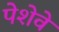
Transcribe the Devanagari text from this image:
पेशेवे